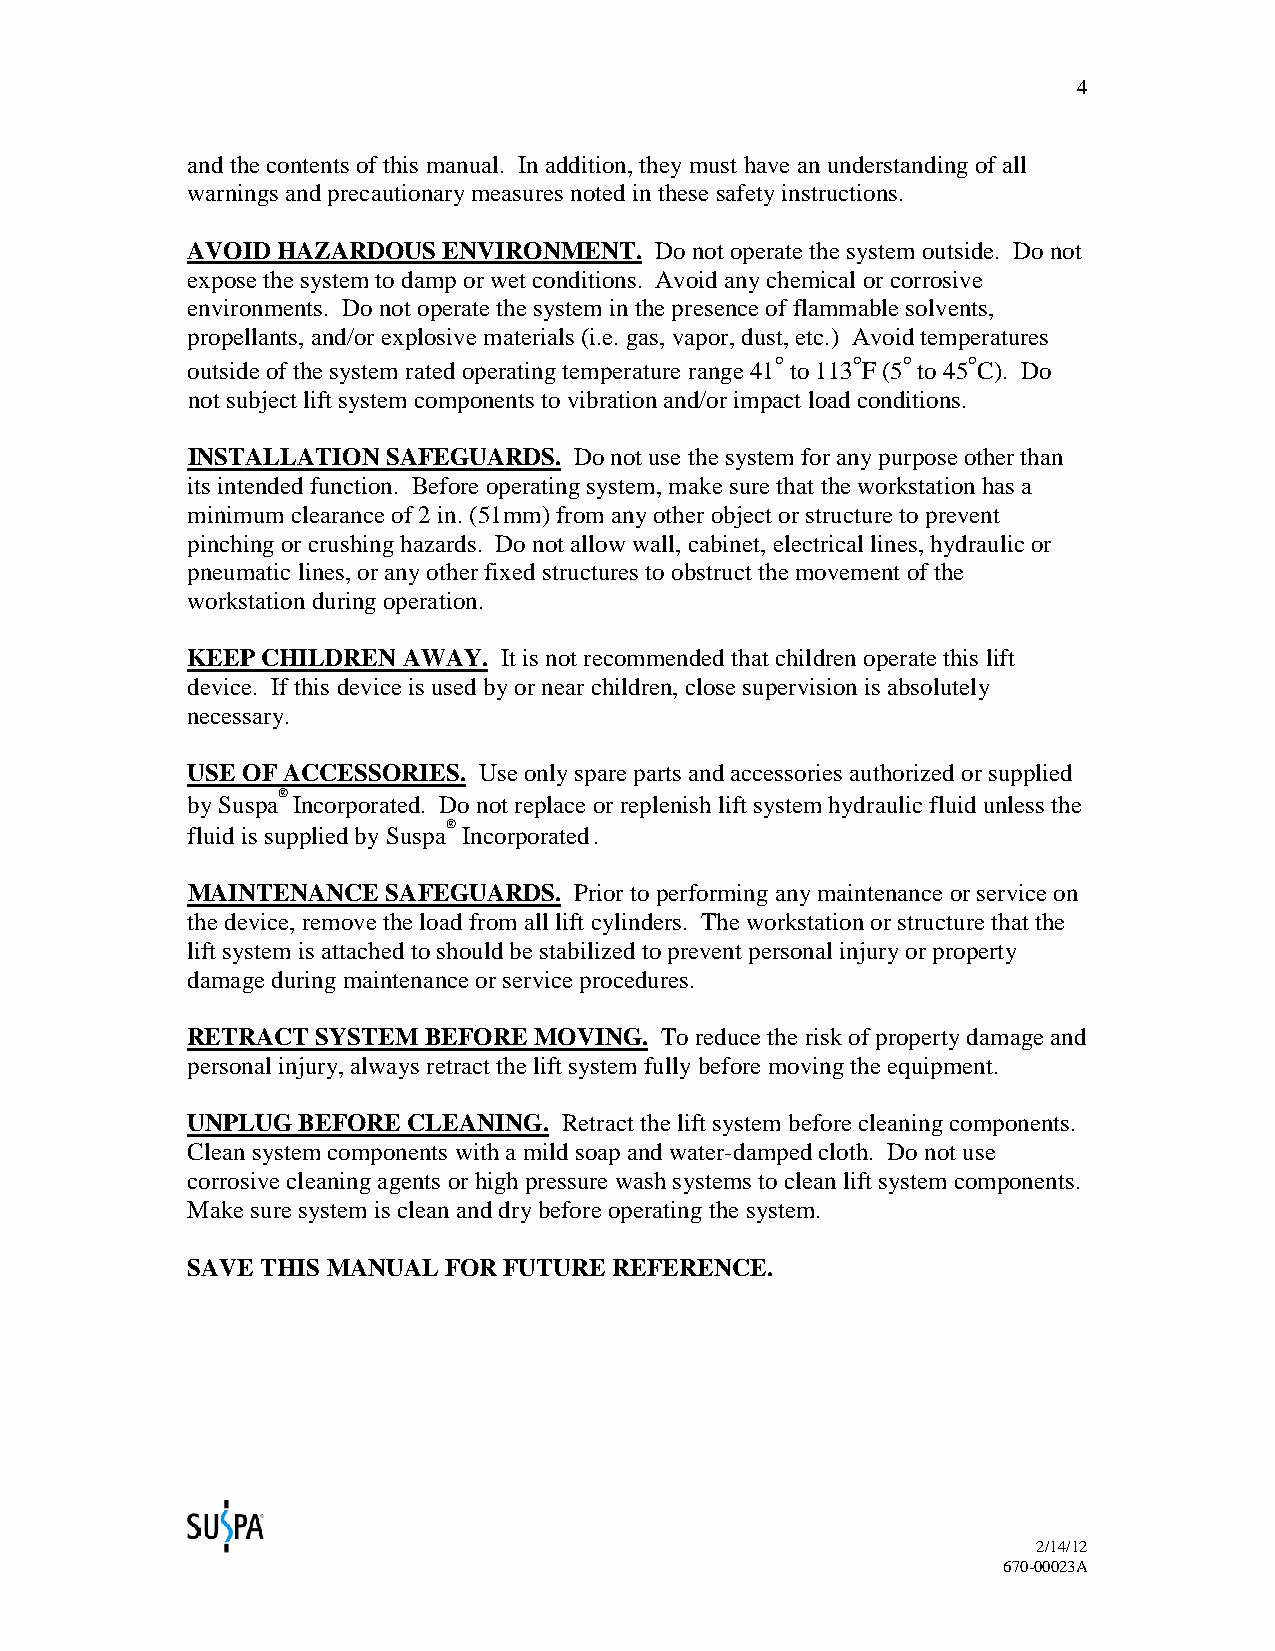
4
 and the contents of this manual. In addition, they must have an understanding of all
 warnings and precautionary measures noted in these safety instructions.
 AVOID HAZARDOUS  ENVIRONMENT.  Do not operate the system outside. Do not
 expose the system to damp or wet conditions. Avoid any chemical or corrosive
 environments. Do not operate the system in the presence of flammable solvents,
 propellants, and/or explosive materials (i.e. gas, vapor, dust, etc.) Avoid temperatures
 outside of the system rated operating temperature range
 41°
 to
 113°
 F
 (5°
 to
 45°
 C). Do
 not subject lift system components to vibration and/or impact load conditions.
 INSTALLATION  SAFEGUARDS. Do not use the system for any purpose other than
 its intended function. Before operating system, make sure that the workstation has a
 minimum clearance of 2 in. (51mm) from any other object or structure to prevent
 pinching or crushing hazards. Do not allow wall, cabinet, electrical lines, hydraulic or
 pneumatic lines, or any other fixed structures to obstruct the movement of the
 workstation during operation.
 KEEP CHILDREN  AWAY. It is not recommended that children operate this lift
 device. If this device is used by or near children, close supervision is absolutely
 necessary.
 USE OF ACCESSORIES. Use only spare parts and accessories authorized or supplied
 by
 Suspa®
 Incorporated. Do not replace or replenish lift system hydraulic fluid unless the
 ®
 fluid is supplied by Suspa Incorporated.
 MAINTENANCE   SAFEGUARDS. Prior to performing any maintenance or service on
 the device, remove the load from all lift cylinders. The workstation or structure that the
 lift system is attached to should be stabilized to prevent personal injury or property
 damage during maintenance or service procedures.
 RETRACT  SYSTEM BEFORE MOVING.  To reduce the risk of property damage and
 personal injury, always retract the lift system fully before moving the equipment.
 UNPLUG  BEFORE CLEANING. Retract the lift system before cleaning components.
 Clean system components with a mild soap and water-damped cloth. Do not use
 corrosive cleaning agents or high pressure wash systems to clean lift system components.
 Make sure system is clean and dry before operating the system.
 SAVE THIS MANUAL FOR FUTURE  REFERENCE.
 2/14/12
 670-00023A